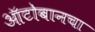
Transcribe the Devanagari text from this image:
ऑटोबानचा